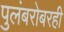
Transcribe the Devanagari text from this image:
पुलंबरोबरही